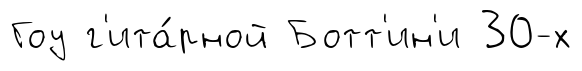
Гоу г'ита́рной Ботт'ин'и 30-х